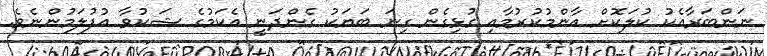
ނަންބަރާއެކު ކުލަކޮށް އާންމުކުރުމާއި ގުޅިގެން ގިނަ ބަޔަކު ގެންދަނީ އެކަމުގެ ޝަކުވާ އުފުލަމުންނެވެ.